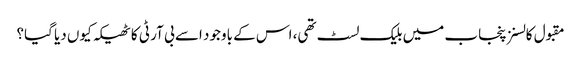
مقبول کالسنز پنجاب میں بلیک لسٹ تھی، اس کے باوجود اسے بی آر ٹی کا ٹھیکہ کیوں دیا گیا؟